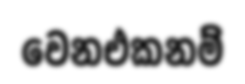
වෙනඑකනම්